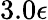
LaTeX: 3.0\epsilon